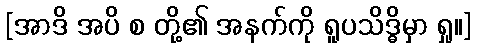
[အာဒိ အပိ စ တို့၏ အနက်ကို ရူပသိဒ္ဓိမှာ ရှု။]